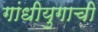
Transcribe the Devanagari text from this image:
गांधीयुगाची